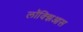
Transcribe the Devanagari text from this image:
लॉक्झिआस